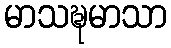
မာသဍ္ဎမာသာ